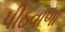
પીઠવાળા